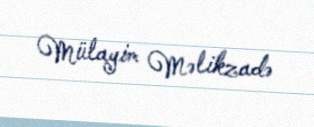
Mülayim Məlikzadə